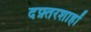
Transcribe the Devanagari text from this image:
दफ़्तरशाहों